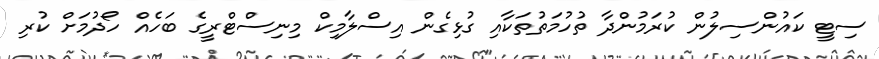
ސިޓީ ކައުންސިލުން ކުރަމުންދާ ތުހުމަތުތަކާއި ގުޅިގެން އިސްލާމިކް މިނިސްޓްރީގެ ބަހެއް ހޯދުމަށް ކުރި